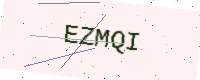
Text: EZMQI